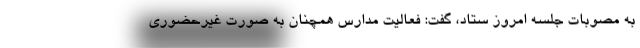
به مصوبات جلسه امروز ستاد، گفت: فعالیت مدارس همچنان به صورت غیرحضوری